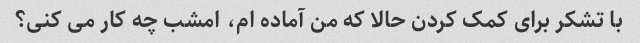
با تشکر برای کمک کردن حالا که من آماده ام، امشب چه کار می کنی؟